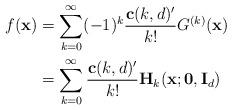
LaTeX: \begin{align*}f(\mathbf{x}) &= \sum_{k=0}^{\infty} (-1)^k\frac{\mathbf{c}(k,d)'}{k!}G^{(k)}(\mathbf{x}) \\ & = \sum_{k=0}^{\infty} \frac{\mathbf{c}(k,d)'}{k!}\mathbf{H}_k(\mathbf{x}; \mathbf{0},\mathbf{I}_d)\end{align*}